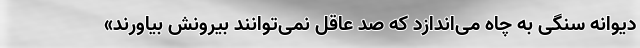
دیوانه سنگی به چاه می‌اندازد که صد عاقل نمی‌توانند بیرونش بیاورند»